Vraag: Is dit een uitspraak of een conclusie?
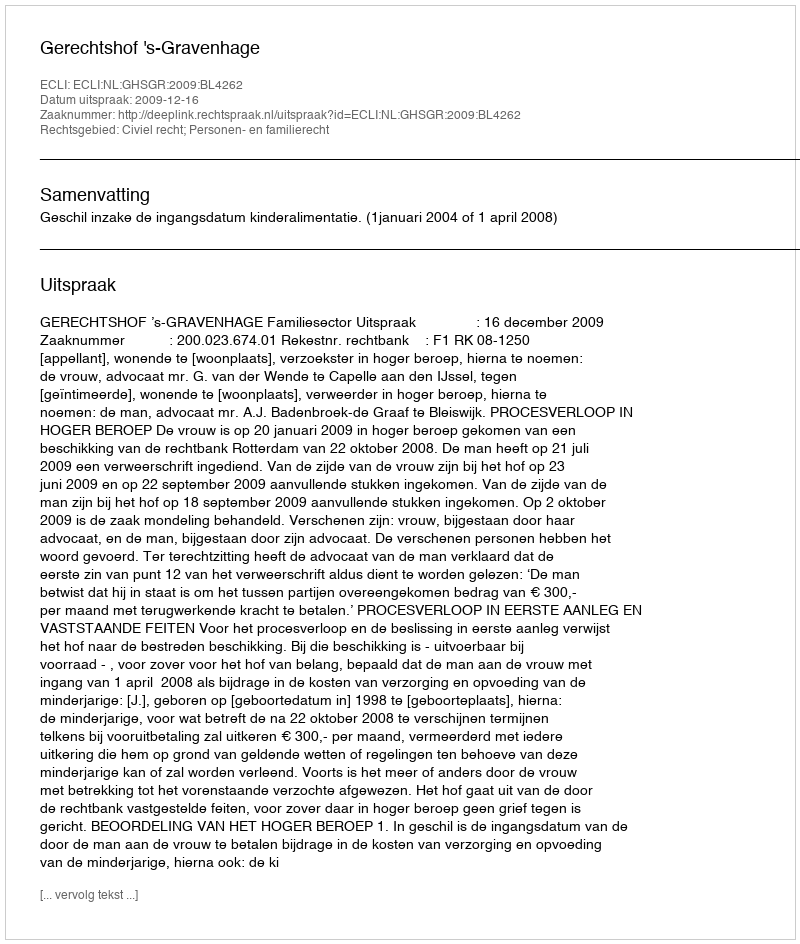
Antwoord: Uitspraak